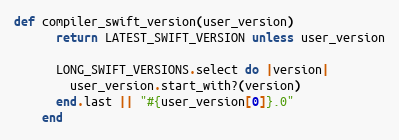
Language: Ruby
def compiler_swift_version(user_version)
      return LATEST_SWIFT_VERSION unless user_version

      LONG_SWIFT_VERSIONS.select do |version|
        user_version.start_with?(version)
      end.last || "#{user_version[0]}.0"
    end